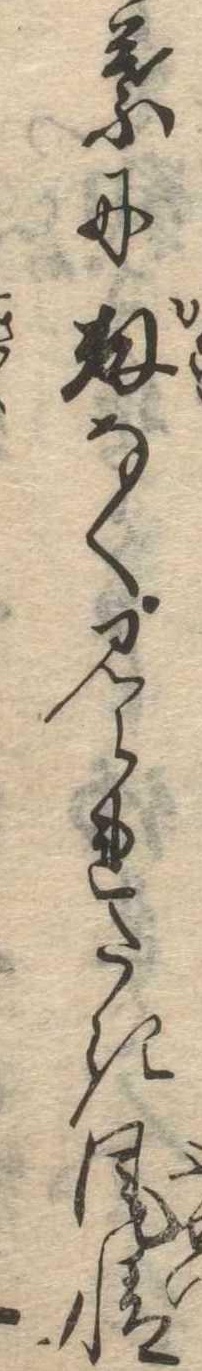
葉に数なく見られたき風情